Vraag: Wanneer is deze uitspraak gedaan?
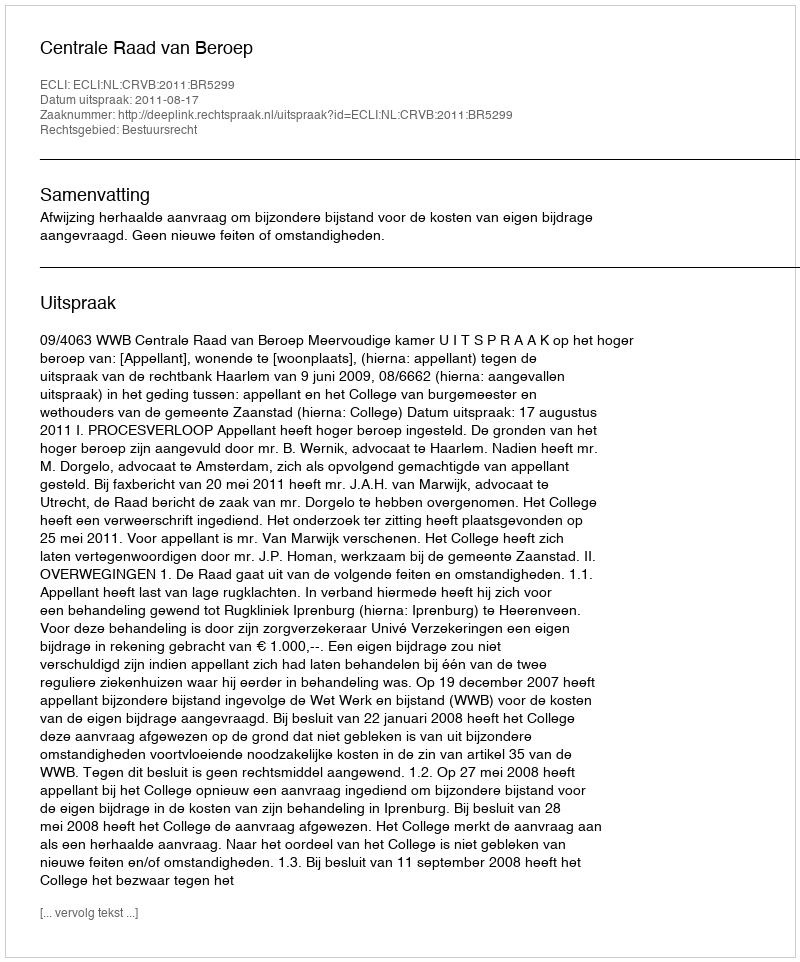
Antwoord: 2011-08-17